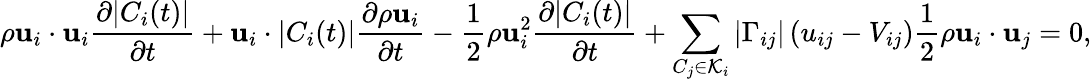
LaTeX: \rho\mathbf{u}_{i}\cdot\mathbf{u}_{i}\frac{\partial|C_{i}(t)|}{\partial t}+\mathbf{u}_{i}\cdot|C_{i}(t)|\frac{\partial\rho\mathbf{u}_{i}}{\partial t}-\frac{1}{2}\rho\mathbf{u}_{i}^{2}\frac{\partial|C_{i}(t)|}{\partial t}+\sum_{C_{j}\in\mathcal{K}_{i}}|\Gamma_{ij}|\left(u_{ij}-V_{ij}\right)\frac{1}{2}\rho\mathbf{u}_{i}\cdot\mathbf{u}_{j}=0,